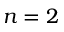
n = 2